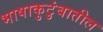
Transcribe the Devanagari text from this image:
भाषाकुटुंबातील